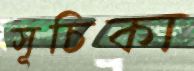
সূচিকা